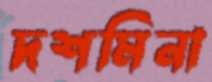
দশমিনা